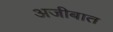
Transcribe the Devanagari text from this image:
अजीबात